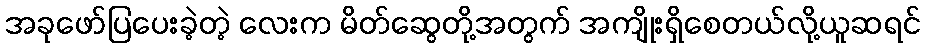
အခုဖော်ပြပေးခဲ့တဲ့ လေးက မိတ်ဆွေတို့အတွက် အကျိုးရှိစေတယ်လို့ယူဆရင်